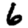
Digit: 6